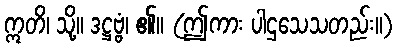
ဣတိ၊ သို့။ ဒဋ္ဌဗ္ဗံ၊ ၏။ (ဤကား ပါဌသေသတည်း။)